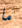
ما